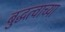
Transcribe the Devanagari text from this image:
बुद्धत्वाच्या